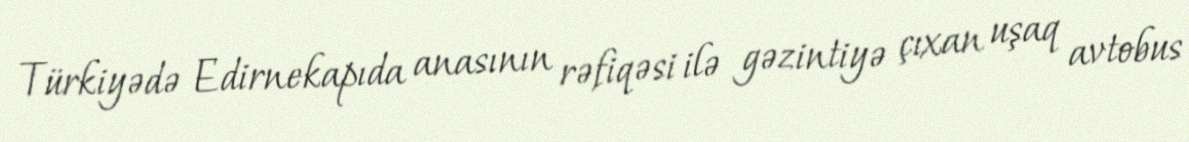
Türkiyədə Edirnekapıda anasının rəfiqəsi ilə gəzintiyə çıxan uşaq avtobus